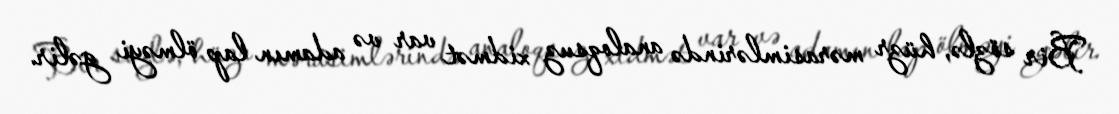
Bir sözlə, hüzr mərasimlərində analoqsuz xidmət var və adamın lap ölməyi gəlir.